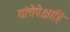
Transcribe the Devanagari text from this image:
यांचेपेक्षाहि